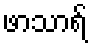
ဖာသာရ်